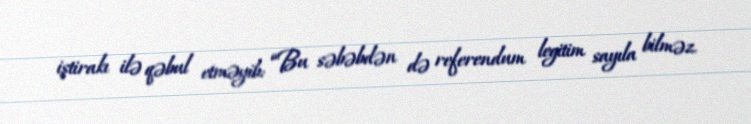
iştirakı ilə qəbul etməyib: “Bu səbəbdən də referendum legitim sayıla bilməz.